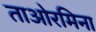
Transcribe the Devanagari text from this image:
ताओरमिना